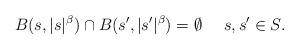
LaTeX: \begin{align*}B(s,|s|^\beta)\cap B(s',|s'|^\beta)=\emptyset \quad\ s,s'\in S.\end{align*}